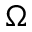
\Omega